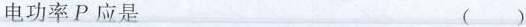
电功率P应是 ()